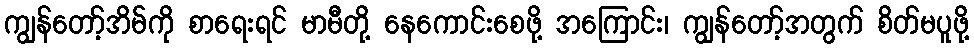
ကျွန်တော့်အိမ်ကို စာရေးရင် မာမီတို့ နေကောင်းစေဖို့ အကြောင်း၊ ကျွန်တော့်အတွက် စိတ်မပူဖို့